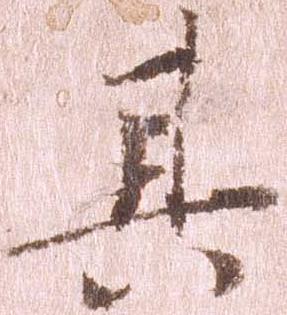
其